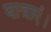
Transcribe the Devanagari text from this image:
यात्राएं।